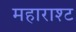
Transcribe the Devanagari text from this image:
महाराश्ट